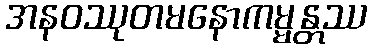
အနဝဿုတမနောကမ္မန္တဿ